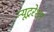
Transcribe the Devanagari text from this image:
न्यूट्ररेशन